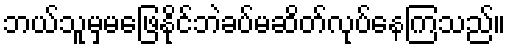
ဘယ်သူမှမဖြေနိုင်ဘဲခပ်မဆိတ်လုပ်နေကြသည်။